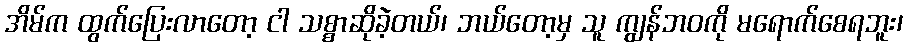
အိမ်က ထွက်ပြေးလာတော့ ငါ သစ္စာဆိုခဲ့တယ်၊ ဘယ်တော့မှ သူ ကျွန်ဘဝကို မရောက်စေရဘူး၊